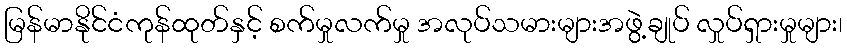
မြန်မာနိုင်ငံကုန်ထုတ်နှင့် စက်မှုလက်မှု အလုပ်သမားများအဖွဲ့ချုပ် လှုပ်ရှားမှုများ၊